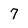
Character: 7